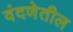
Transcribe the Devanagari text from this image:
वंदणेतील